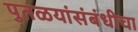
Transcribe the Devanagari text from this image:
पुतळयांसंबंधीचा